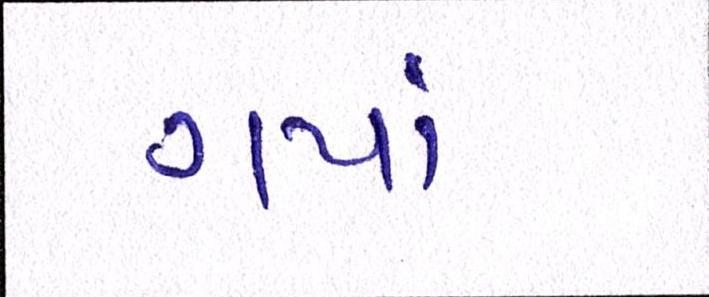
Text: ગયાં